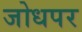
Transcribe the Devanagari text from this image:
जोधपर